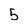
Character: 5